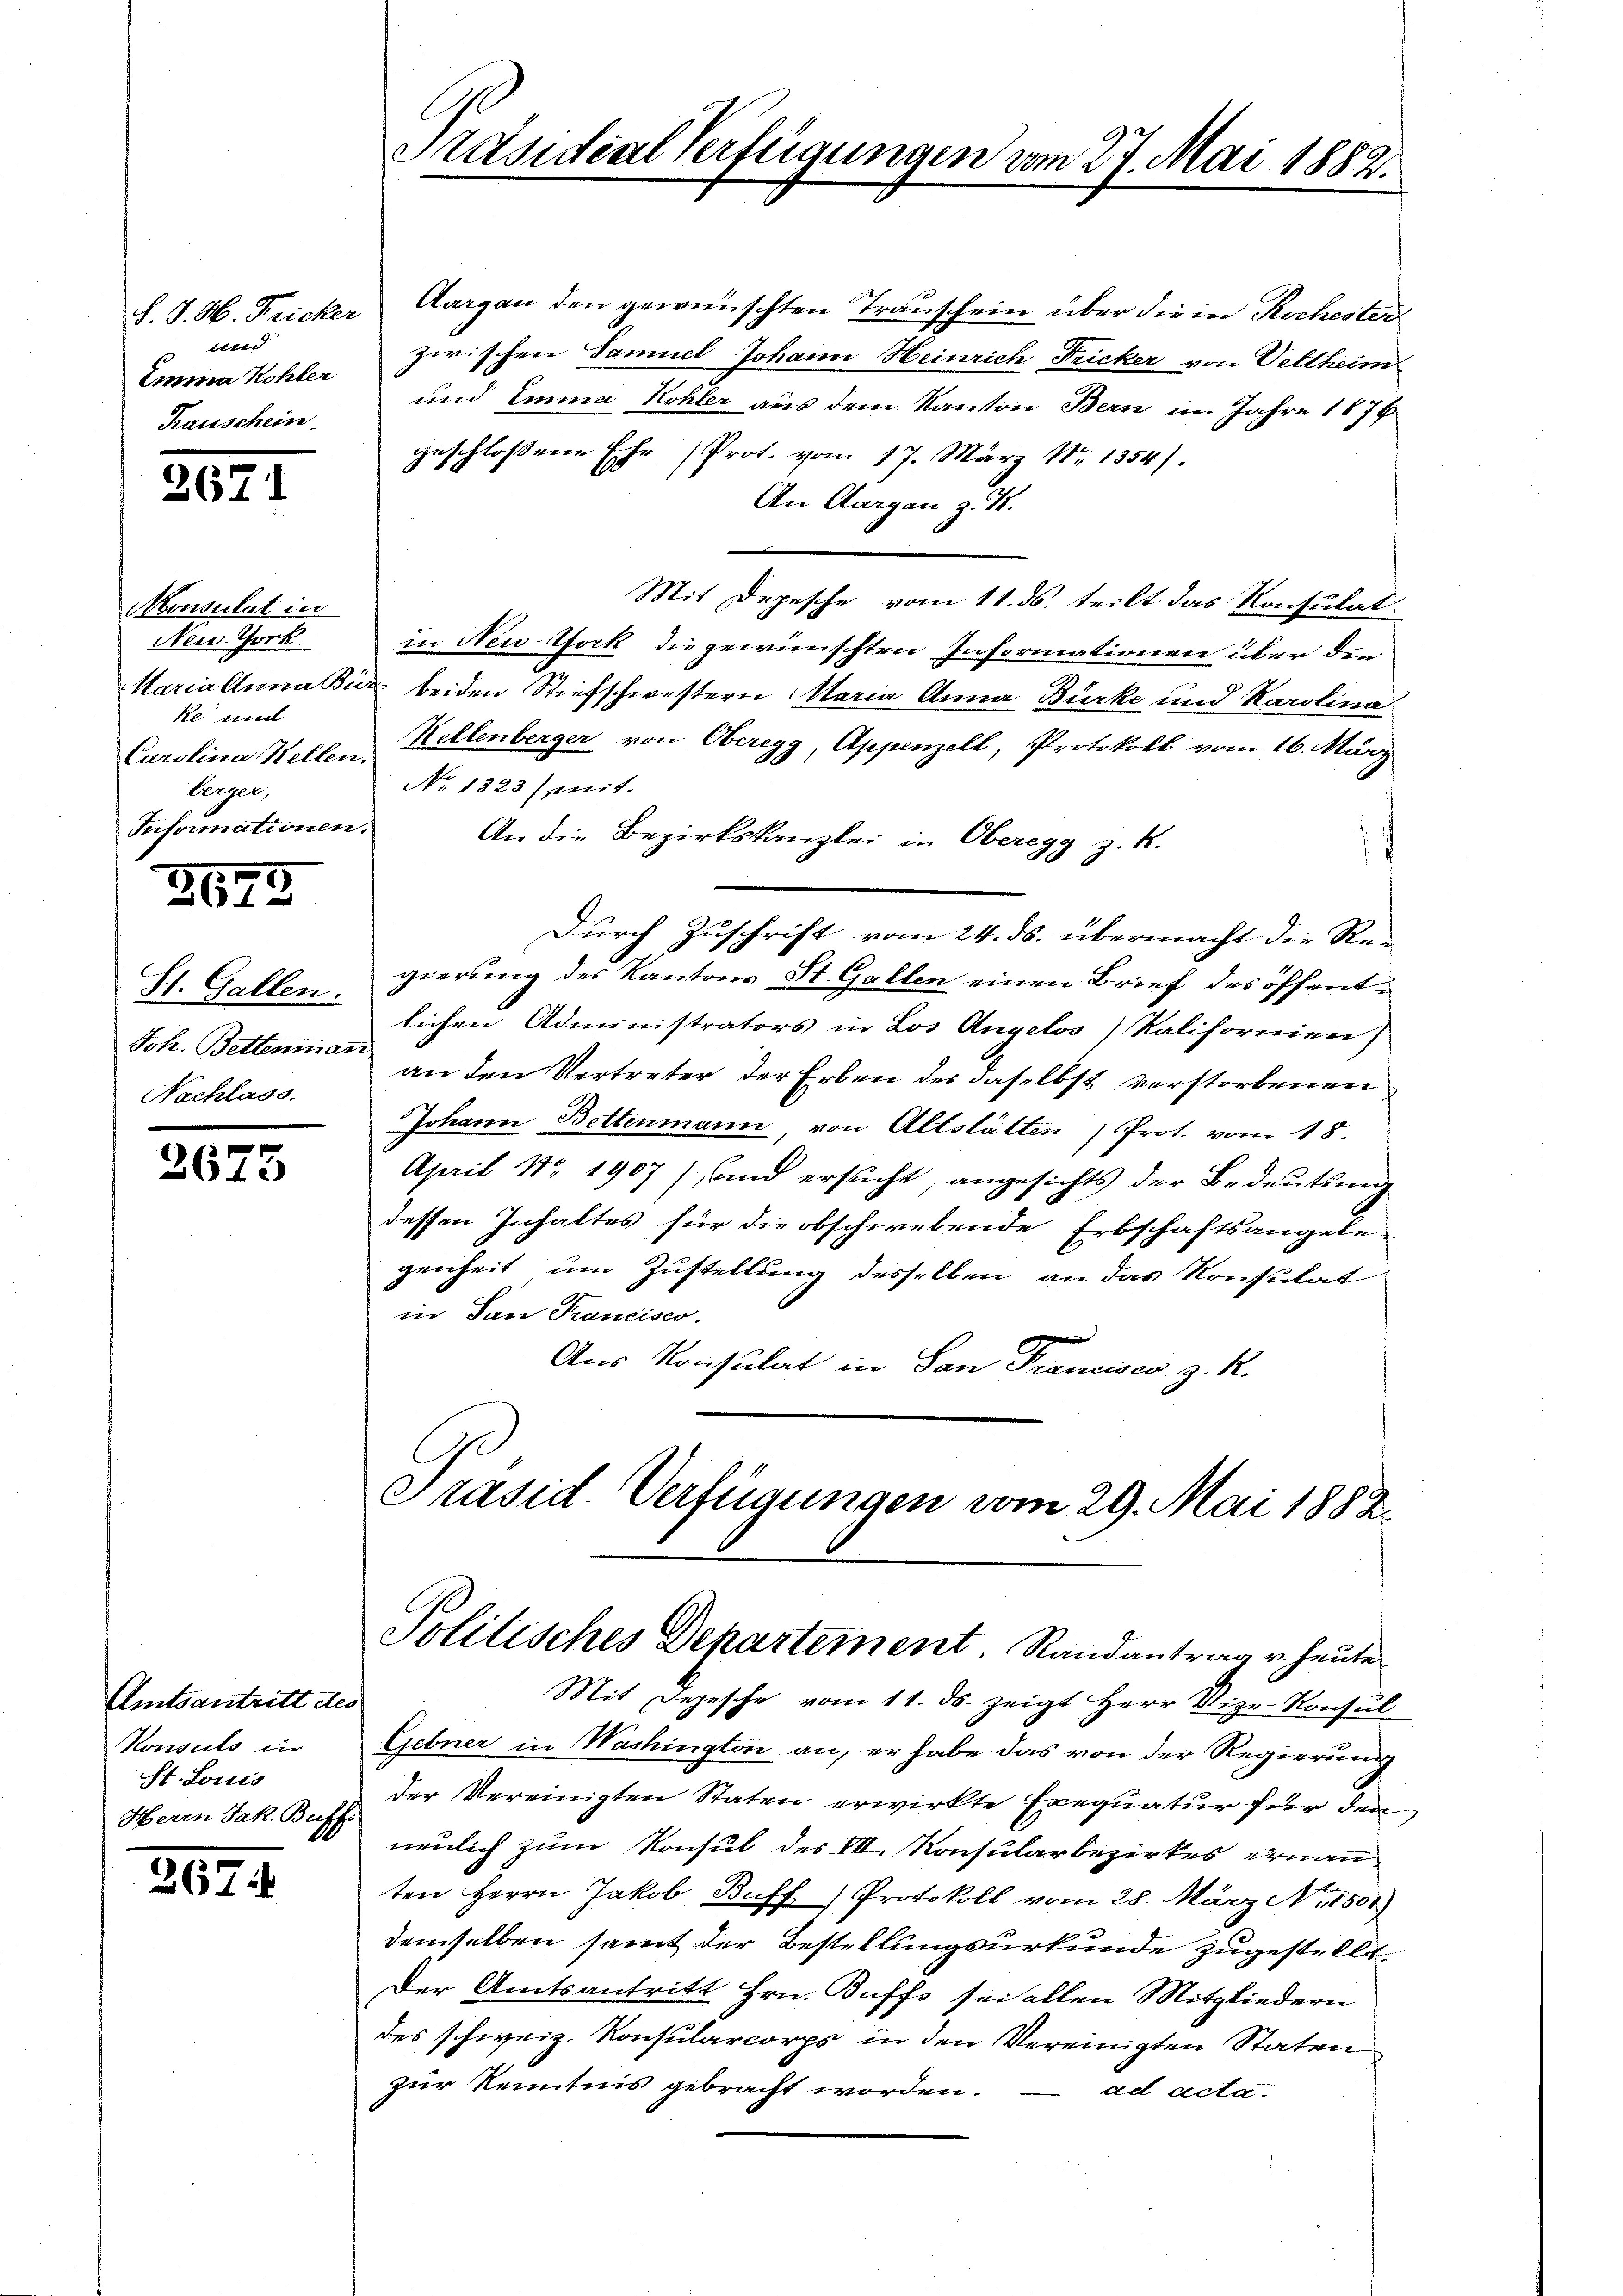
und
Emma Kohler
Rauschein

2671

Konsulat in
Nei Gork.
Maria Anna Bu
ke und
Carolina Stellen
Eingen
Informationen.

3195

St. Gallen.
Joh. Bettenmar
Nachlass.

2673

Amtsantritt des
Konsuls in
St. Louis
Herrn Jak. Buff.

267.

Präsidial Verfügungen vom 27. Mai 1882

J. J. H. Fricker Aargau den gewünschten Trauschein über die in Rochester
zwischen Samuel Johann Heinrich Fricker von Veltheim
und Emma Kohler aus dem Kanton Bern im Jahre 1878
geschlossene Ehr (Prot. vom 17. März Nr 1354).
An Aargau z. B.
Mit Depesche vom 11. ds. teilt das Konsulat
in New-York die gewünschten Informationen über die
as beiden Stiefschwestern Maria Anna Bürke und Karolina
Mellenberger von Oberegg, Appenzell, Protokoll vom 16. März
No 1323) mit.
An die Bezirkskanzlei in Oberegg z. B.
Durch Zuschrift vom 24. ds. übermacht die Re-
gierung des Kantons St. Gallen einen Brief des öffentlichen Administrators in Los Angelos Kalifornien)
e
an den Vertreter der Erben der daselbst verstorbenen
Johann Bettenmann, von Altstätten Prot. vom 18.
April Nr. 1907) und ersucht angesichts der Bedeutung
dessen Inhaltes für die obschwebende Erbschaftsangelegenheit um Zustellung desselben an das Konsulat
in San Francisco
Aus Konsulat in San Francises. z. R.
Präsid. Verfügungen vom 29. Mai 1882.

Politisches Departement. Randantrag u. heute

Mit Depesche vom 11. ds. zeigt Herr Vize-Konsul
Gebner in Washington an, er habe das von der Regierung
der Vereinigten Staten erwirkte Exequatur für den
neulich zum Konsul des III. Konsularbezirkes ernan
ten Herrn Jakob Buff) Protokoll vom 25. März No. 1501)
demselben seint der Bestellungsurkunde zugestellt.
Der Amtsantritt Hrn. Buffs sei allen Mitgliedern
des schweiz. Konsularcorps in den Vereinigten Staten
zur Kenntnis gebracht worden.
ad acta.